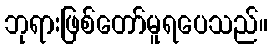
ဘုရားဖြစ်တော်မူရပေသည်။